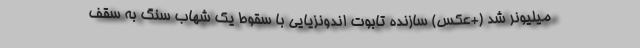
میلیونر شد (+عکس) سازنده تابوت اندونزیایی با سقوط یک شهاب سنگ به سقف